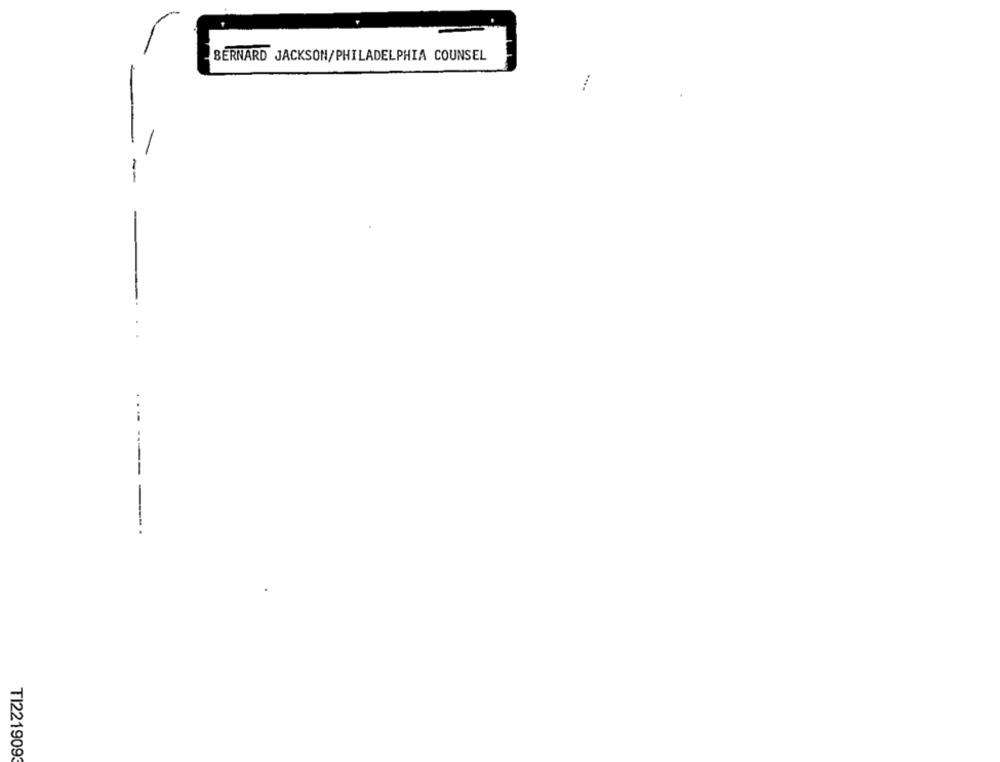
BERNARD JACKSON/PHILADELPHIA COUNSEL
-
-
TI221909